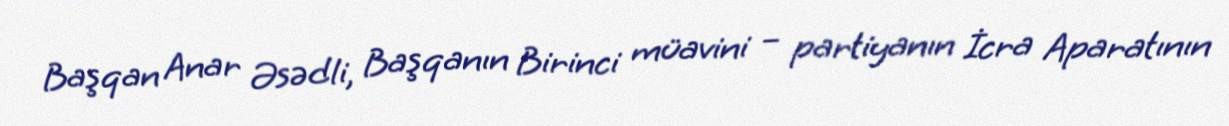
Başqan Anar Əsədli, Başqanın Birinci müavini – partiyanın İcra Aparatının